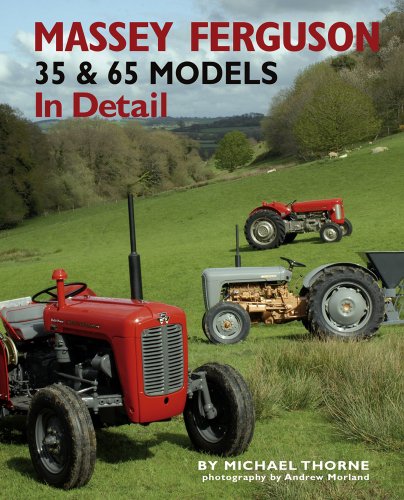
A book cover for Massey-Ferguson 35 & 65 Models In Detail; Michael Thorne; Engineering & Transportation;